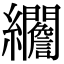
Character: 𦇾